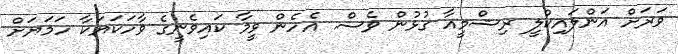
ވަރަށް އަންލައިކްލީ ރިޝްމީއާ ގުޅުން ވެސް. އެހެން ވީމާ ކައިވެނީގެ ވާހަކަޔަކާ ހަމަޔަށް